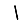
Digit: 1